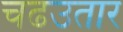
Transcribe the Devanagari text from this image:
चढउतार